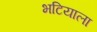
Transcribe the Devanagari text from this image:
भटियाला